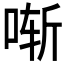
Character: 𫪚